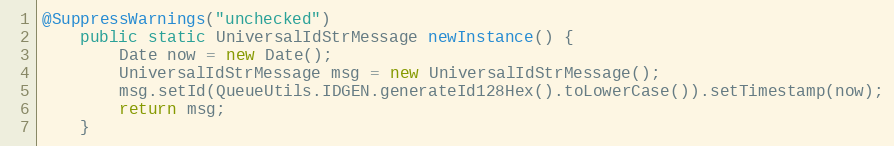
Language: Java
@SuppressWarnings("unchecked")
    public static UniversalIdStrMessage newInstance() {
        Date now = new Date();
        UniversalIdStrMessage msg = new UniversalIdStrMessage();
        msg.setId(QueueUtils.IDGEN.generateId128Hex().toLowerCase()).setTimestamp(now);
        return msg;
    }